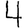
Digit: 4